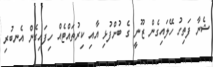
ޝެނާ ފަތިހު ހޭލައިގެން ޒޫނީ ގެ ބުށްފުޅި އާއި ކިރުތައްޓެއް ހިފައިގެން އެނބުރި